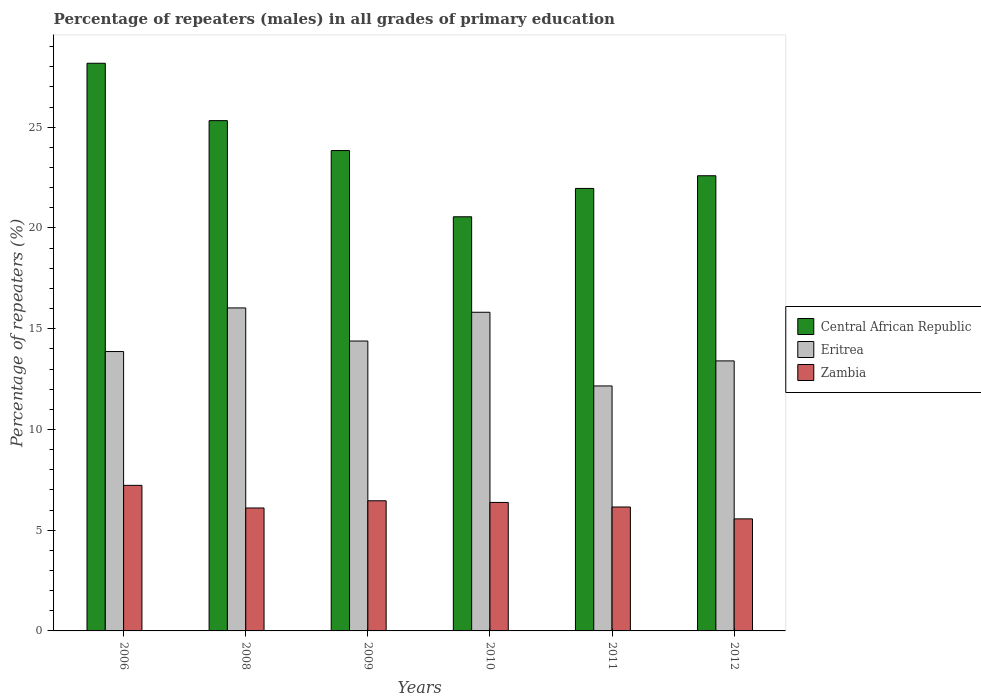
| Years | Central African Republic | Eritrea | Zambia |
 | --- | --- | --- | --- |
 | 2006 | 28.2 | 13.9 | 7.22 |
 | 2008 | 25.3 | 16 | 6.1 |
 | 2009 | 23.8 | 14.4 | 6.46 |
 | 2010 | 20.6 | 15.8 | 6.38 |
 | 2011 | 22 | 12.2 | 6.15 |
 | 2012 | 22.6 | 13.4 | 5.56 |